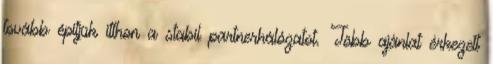
tovább építjük itthon a stabil partnerhálózatot. Több ajánlat érkezett